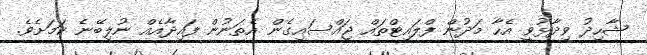
ޝާހިދު ވިދާޅުވީ އެހާ މަދުން ފްލައިޓްތައް ޖައްސައިގެން އެތަނުން ފައިދާއެއް ނުލިބޭނެ ކަމަށެވެ.